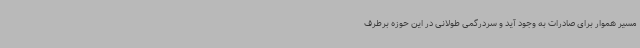
مسیر هموار برای صادرات به وجود آید و سردرگمی طولانی در این حوزه برطرف